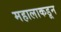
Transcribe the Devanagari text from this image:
महालाकडून